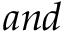
a n d